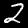
Digit: 2